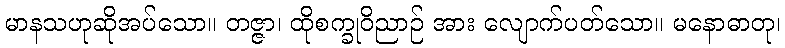
မာနသဟုဆိုအပ်သော။ တဇ္ဇာ၊ ထိုစက္ခုဝိညာဉ် အား လျောက်ပတ်သော။ မနောဓာတု၊